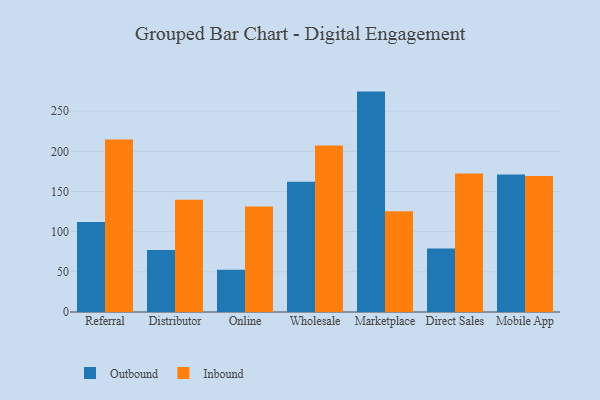
{"axis": {"x": "Channel", "y": "Conversion Rate (%)"}, "legend": ["Inbound", "Outbound"], "data": [{"x": "Referral", "y": 112.0, "type": "Outbound"}, {"x": "Referral", "y": 214.9, "type": "Inbound"}, {"x": "Distributor", "y": 77.2, "type": "Outbound"}, {"x": "Distributor", "y": 139.8, "type": "Inbound"}, {"x": "Online", "y": 52.7, "type": "Outbound"}, {"x": "Online", "y": 131.2, "type": "Inbound"}, {"x": "Wholesale", "y": 162.1, "type": "Outbound"}, {"x": "Wholesale", "y": 207.3, "type": "Inbound"}, {"x": "Marketplace", "y": 274.4, "type": "Outbound"}, {"x": "Marketplace", "y": 125.5, "type": "Inbound"}, {"x": "Direct Sales", "y": 79.1, "type": "Outbound"}, {"x": "Direct Sales", "y": 172.4, "type": "Inbound"}, {"x": "Mobile App", "y": 171.2, "type": "Outbound"}, {"x": "Mobile App", "y": 169.4, "type": "Inbound"}]}